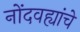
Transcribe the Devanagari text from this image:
नोंदवह्यांचे